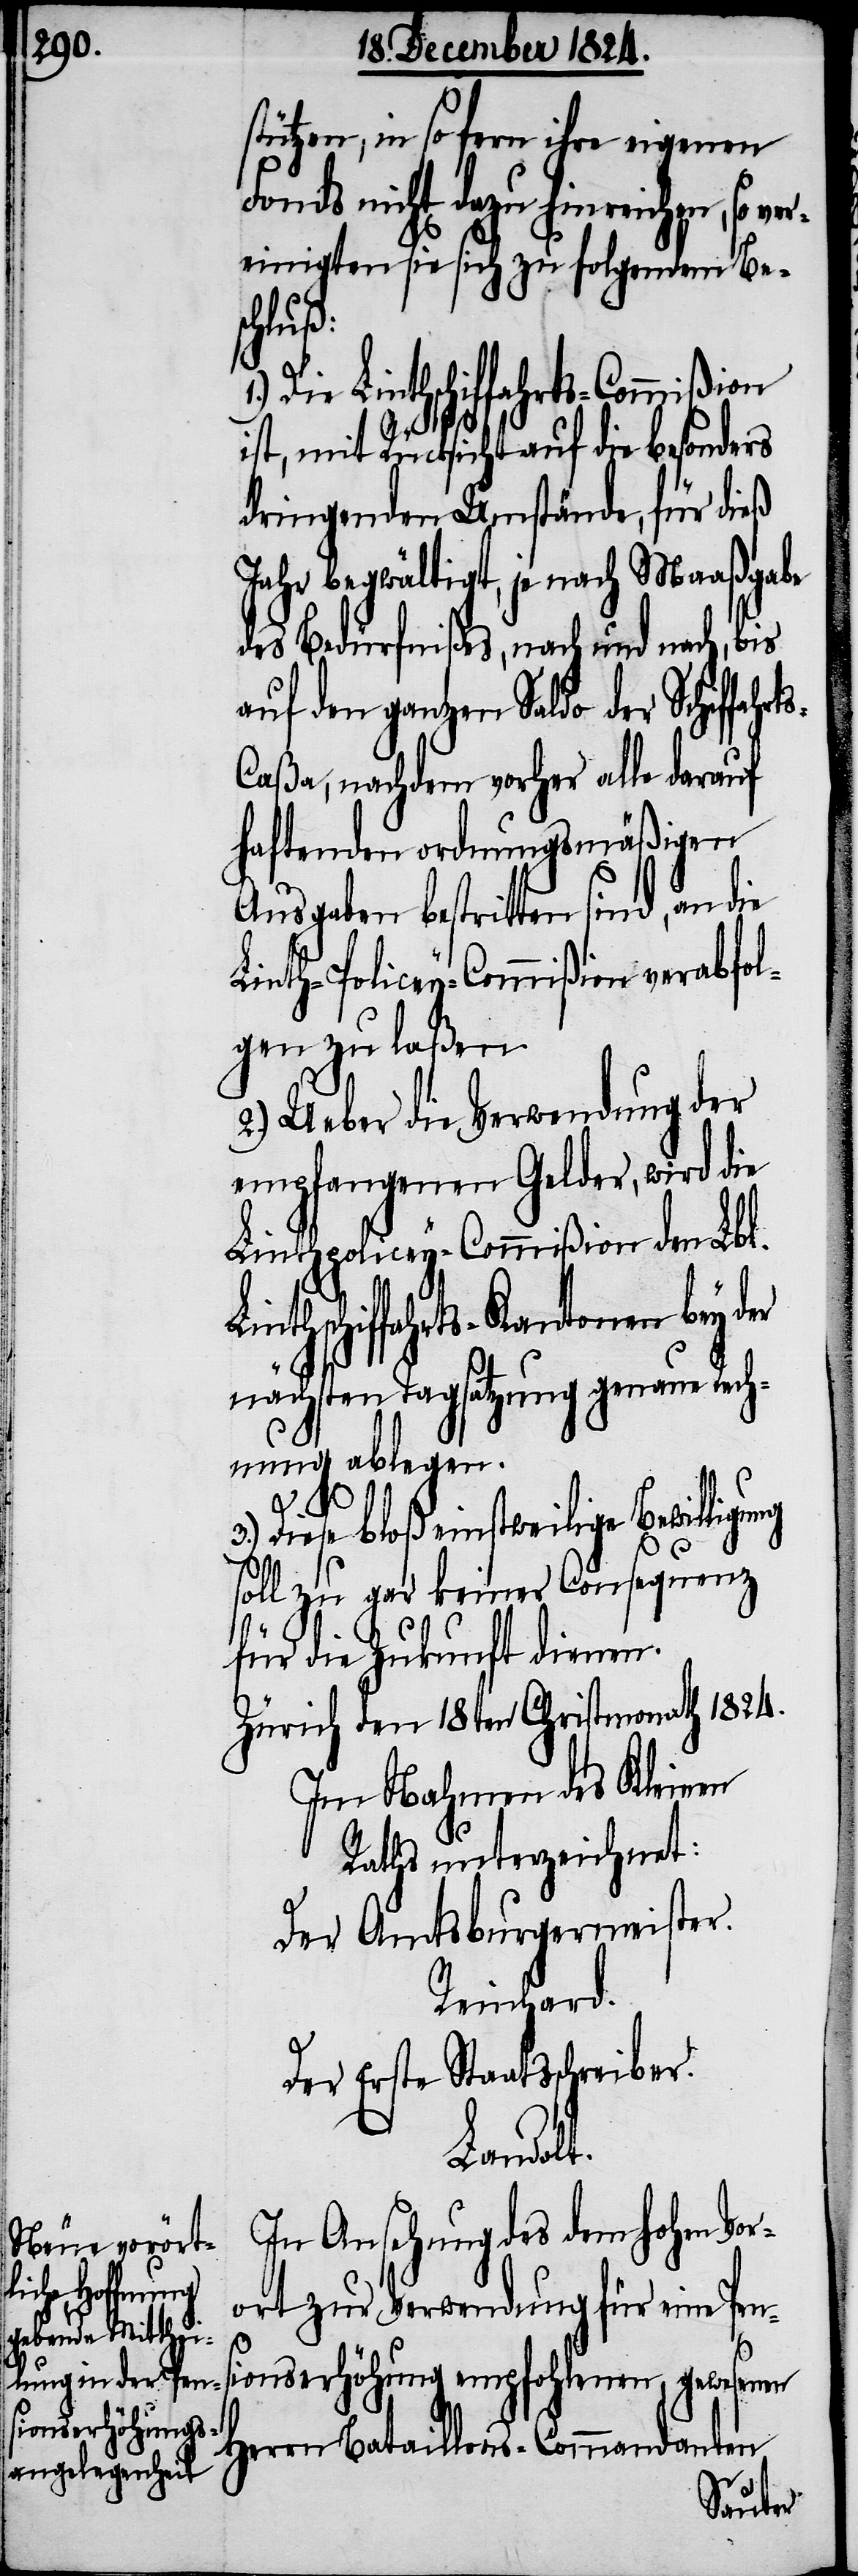
stützen, in so fern ihre eigenen
Fonds nicht dazu hinreichen, so ver¬
einigten sie sich zu folgendem Be¬
schluß:
Die Linthschiffahrts-Commißion
ng
ist, mit Rücksicht auf die besonders
dringenden Umstände, für dieß
Jahr begwältigt, je nach Maaßgabe
des Bedürfnißes, nach und nach, bis
auf den ganzen Saldo der Schiffahr¬
aßa, nachdem vorher alle darauf
haftenden ordnungsgemäßen
Ausgaben bestritten sind, an die
Linth-Policey-Commißion verabfol¬
gen zu laßen.
2.) Ueber die Verwendung der
empfangenen Gelder, wird die
Linthpolicey-Commißion den Lbl.
hschiffahrts-Kantonen bey der
nächsten Tagsatzung genaue Rech¬
nung ablegen.
ts-C¬
3.)
Diese bloß einstweilige Bewilligu¬
soll zu gar keiner Consequenz
für die Zukunft dienen.
Zürich den 18ten Christmonath 1824.
Im Nahmen des Kleinen
Rathes unterzeichnet:
Der Amtsburgermeister.
Reinhard.
Der Erste Staatsschreiber.
Landolt.
In Ansehung des dem hohen Vor¬
ort zur Verwendung für eine Pen¬
sionserhöhung empfohlenen, gewesenen
Herrn Bataillons-Commandanten